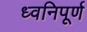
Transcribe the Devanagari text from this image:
ध्वनिपूर्ण